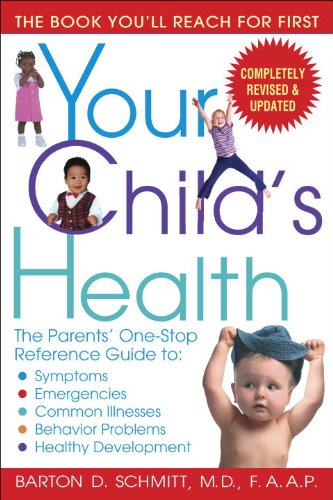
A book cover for Your Child's Health: The Parents' One-Stop Reference Guide to: Symptoms, Emergencies, Common Illnesses, Behavior Problems, and Healthy Development; Barton D. Schmitt; Parenting & Relationships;